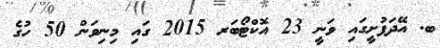
ބ. އޭދަފުށީގައި ވަނީ 23 އޮކްޓޯބަރ 2015 ގައި މިނިވަން 50 ހުގެ